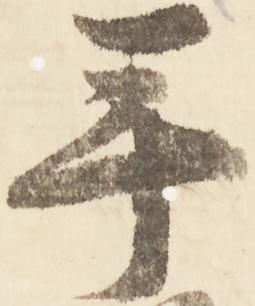
年